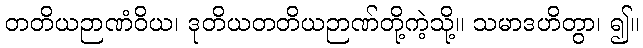
တတိယဉာဏံဝိယ၊ ဒုတိယတတိယဉာဏ်တို့ကဲ့သို့။ သမာဒဟိတွာ၊ ၍။